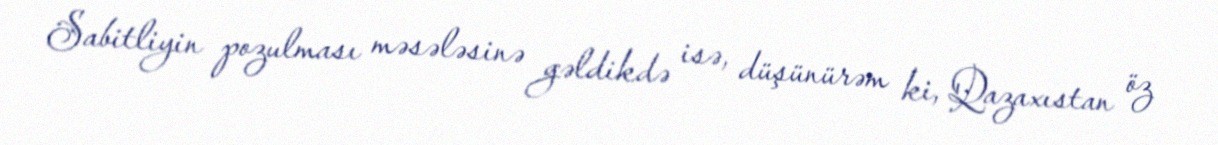
Sabitliyin pozulması məsələsinə gəldikdə isə, düşünürəm ki, Qazaxıstan öz